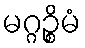
မဂ္ဂဉ္စိမံ